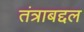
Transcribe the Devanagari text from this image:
तंत्राबद्दल